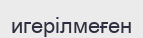
игерілмеғен